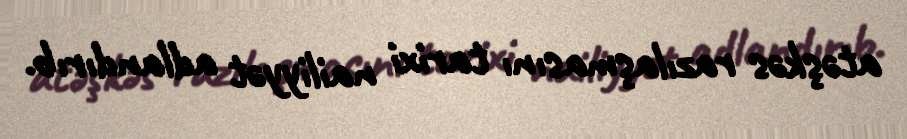
atəşkəs razılaşmasını tarixi nailiyyət adlandırıb.